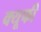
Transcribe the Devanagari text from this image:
क्यूफी